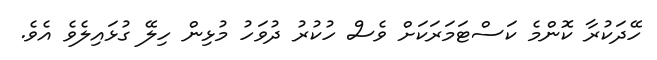
ހޭދަކުރާ ކޮންމެ ކަސްޓަމަރަކަށް ވެސް ހުކުރު ދުވަހު މުޅިން ހިލޭ ގުޅައިލެވެ އެވެ.